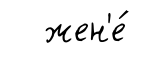
жен'е́